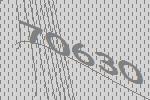
70630